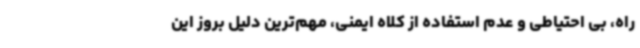
راه، بی احتیاطی و عدم استفاده از کلاه ایمنی، مهم‌ترین دلیل بروز این